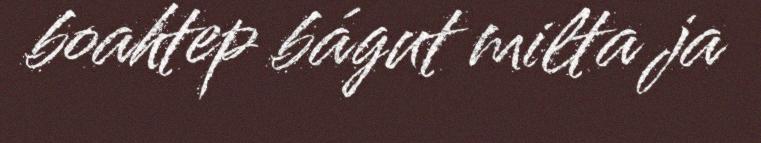
boahtep bágut milta ja